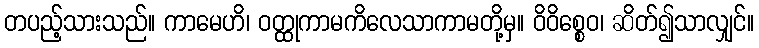
တပည့်သားသည်။ ကာမေဟိ၊ ဝတ္ထုကာမကိလေသာကာမတို့မှ။ ဝိဝိစ္စေဝ၊ ဆိတ်၍သာလျှင်။